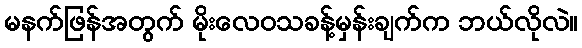
မနက်ဖြန်အတွက် မိုးလေဝသခန့်မှန်းချက်က ဘယ်လိုလဲ။